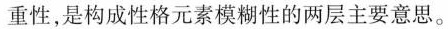
重性,是构成性格元素模糊性的两层主要意思。